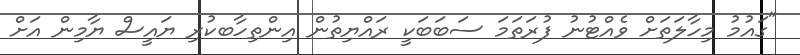
"ގައުމު މިހާލަތަށް ވެއްޓުނު ފުރަތަމަ ސަބަބަކީ ރައްޔިތުން އިންތިހާބކުރި ޔައީސް ޔާމިން އަށް